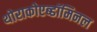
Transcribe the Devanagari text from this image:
थोराकोएब्डॉमिनल